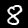
Label: 8